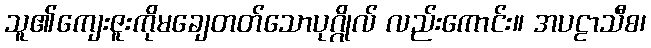
သူ၏ကျေးဇူးကိုမချေတတ်သောပုဂ္ဂိုလ် လည်းကောင်း။ အပဠာသီစ၊